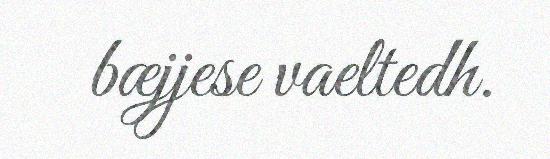
bæjjese vaeltedh.